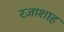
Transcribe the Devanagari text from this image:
रज़ाशाह